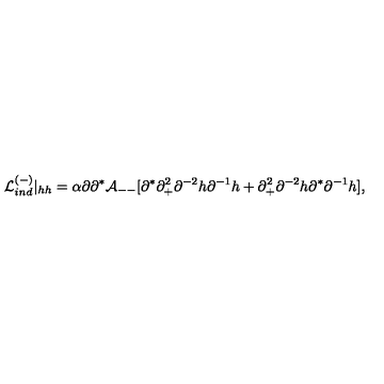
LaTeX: { \cal L } _ { i n d } ^ { ( - ) } \vert _ { h h } = \alpha \partial \partial ^ { * } { \cal A } _ { -- } [ \partial ^ { * } \partial _ { + } ^ { 2 } \partial ^ { - 2 } h \partial ^ { - 1 } h + \partial _ { + } ^ { 2 } \partial ^ { - 2 } h \partial ^ { * } \partial ^ { - 1 } h ] ,